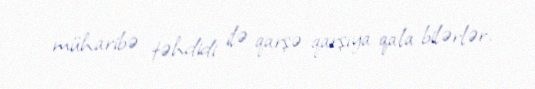
müharibə təhdidi ilə qarşə-qarşıya qala bilərlər.